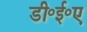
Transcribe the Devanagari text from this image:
डी॰ई॰ए